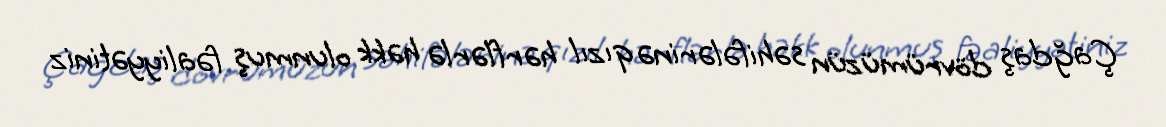
Çağdaş dövrümüzün səhifələrinə qızıl hərflərlə həkk olunmuş fəaliyyətiniz